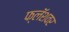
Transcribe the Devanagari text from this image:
फ्लॅशवर